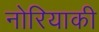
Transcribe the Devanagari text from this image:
नोरियाकी